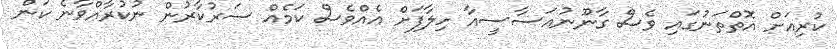
ކުރިއަށް އޮތްތަނުގައި ވެސް ގާނޫނުއަސާސީއާ ހިލާފަށް އެއްވެސް ކަމެއް ސަރުކާރުން ނުކުރާއްވާނެ ކަން